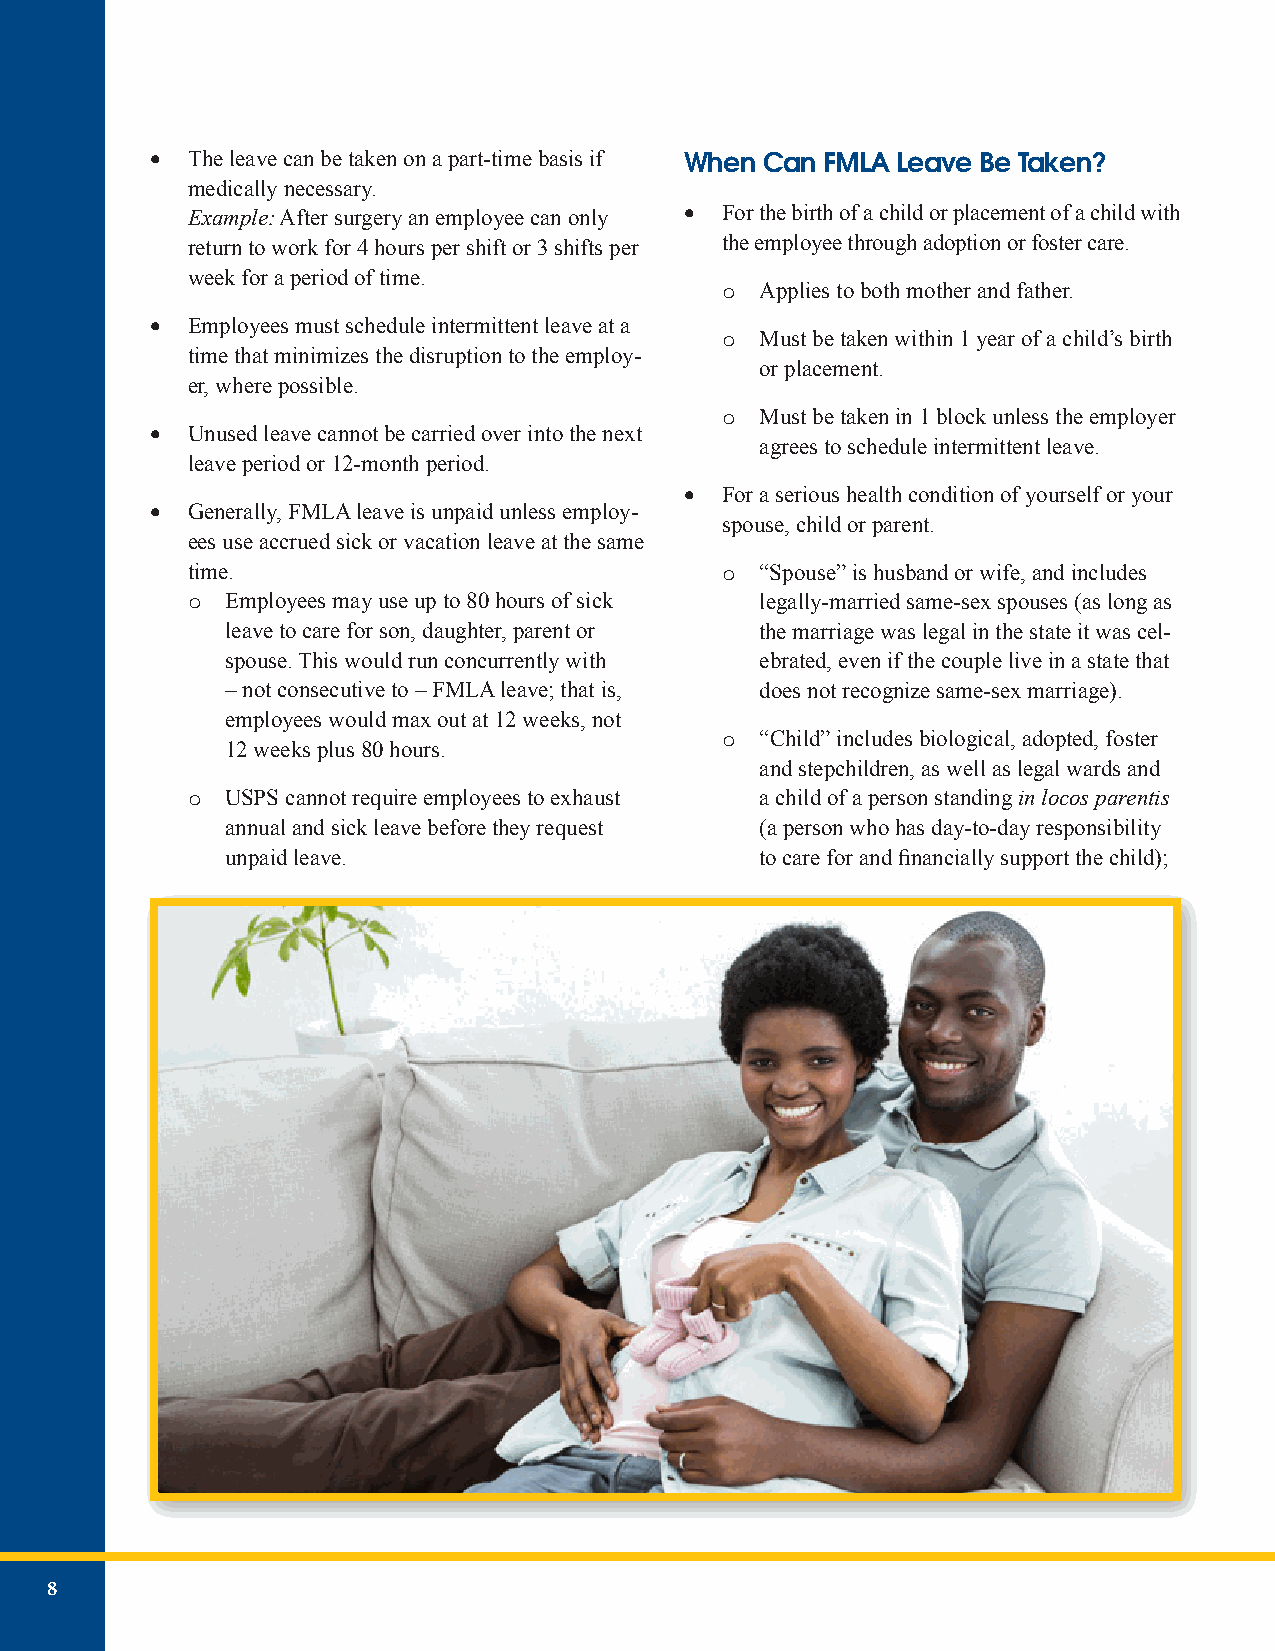
• The leave can be taken on a part-time basis if When Can FMLA Leave Be Taken?
 medically necessary.
 Example: After surgery an employee can only • For the birth of a child or placement of a child with
 return to work for 4 hours per shift or 3 shifts per the employee through adoption or foster care.
 week for a period of time.
 Applies to both mother and father.
 o
 • Employees must schedule intermittent leave at a
 Must be taken within 1 year of a child’s birth
 time that minimizes the disruption to the employ- o
 or placement.
 er, where possible.
 Must be taken in 1 block unless the employer
 • Unused leave cannot be carried over into the next o
 agrees to schedule intermittent leave.
 leave period or 12-month period.
 •  For a serious health condition of yourself or your
 • Generally, FMLA leave is unpaid unless employ-
 spouse, child or parent.
 ees use accrued sick or vacation leave at the same
 time.                                 “Spouse” is husband or wife, and includes
 o
 Employees may use up to 80 hours of sick legally-married same-sex spouses (as long as
 o
 leave to care for son, daughter, parent or the marriage was legal in the state it was cel-
 spouse. This would run concurrently with ebrated, even if the couple live in a state that
 – not consecutive to – FMLA leave; that is, does not recognize same-sex marriage).
 employees would max out at 12 weeks, not
 “Child” includes biological, adopted, foster
 12 weeks plus 80 hours.          o
 and stepchildren, as well as legal wards and
 USPS cannot require employees to exhaust a child of a person standing in locos parentis
 o
 annual and sick leave before they request (a person who has day-to-day responsibility
 unpaid leave.                      to care for and financially support the child);
 8